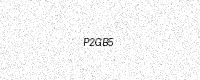
Text: P2GB5